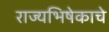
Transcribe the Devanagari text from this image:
राज्यभिषेकाचे